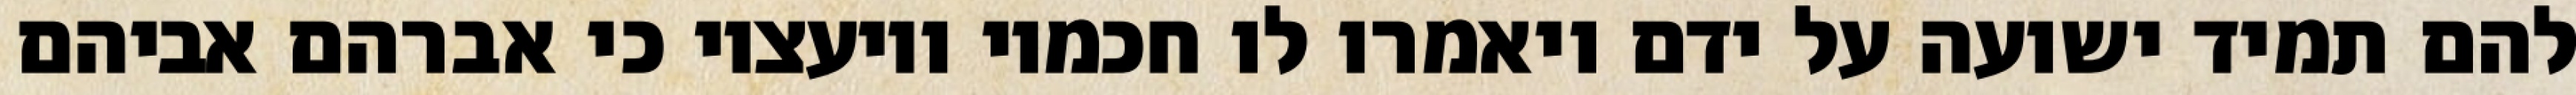
להם תמיד ישועה על ידם ויאמרו לו חכמיו ויועציו כי אברהם אביהם